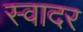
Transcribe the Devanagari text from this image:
स्वादर